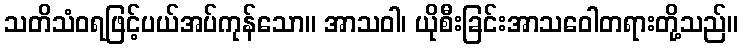
သတိသံဝရဖြင့်ပယ်အပ်ကုန်သော။ အာသဝါ၊ ယိုစီးခြင်းအာသဝေါတရားတို့သည်။